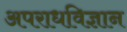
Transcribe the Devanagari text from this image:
अपराधविज्ञान